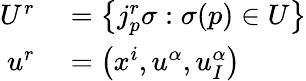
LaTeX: \begin{array}{rl}{U^{r}}&{{}=\left\{ j_{p}^{r}\sigma:\sigma(p)\in U\right\} }\\ {u^{r}}&{{}=\left(x^{i},u^{\alpha},u_{I}^{\alpha}\right)}\end{array}